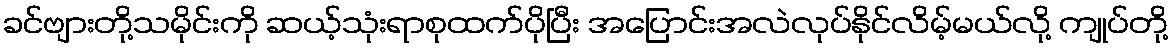
ခင်ဗျားတို့သမိုင်းကို ဆယ့်သုံးရာစုထက်ပိုပြီး အပြောင်းအလဲလုပ်နိုင်လိမ့်မယ်လို့ ကျုပ်တို့